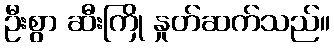
ဦးစွာ ဆီးကြို နှုတ်ဆက်သည်။